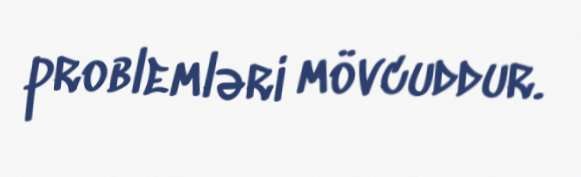
problemləri mövcuddur.